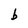
Character: b